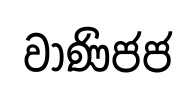
වාණිජජ